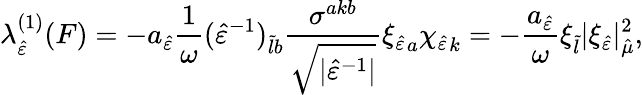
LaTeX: \lambda_{\hat{\varepsilon}}^{(1)}(F)=-a_{\hat{\varepsilon}}\frac{1}{\omega}(\hat{\varepsilon}^{-1})_{\tilde{l}b}\frac{\sigma^{akb}}{\sqrt{\lvert\hat{\varepsilon}^{-1}\rvert}}{\xi_{\hat{\varepsilon}}}_{a}{\chi_{\hat{\varepsilon}}}_{k}=-\frac{a_{\hat{\varepsilon}}}{\omega}{\xi}_{\tilde{l}}\lvert\xi_{\hat{\varepsilon}}\rvert_{\hat{\mu}}^{2},